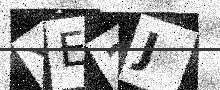
Text: YE2J